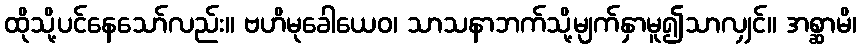
ထိုသို့ပင်နေသော်လည်း။ ဗဟိမုခေါယေဝ၊ သာသနာဘက်သို့မျက်နှာမူ၍သာလျှင်။ အစ္ဆာမိ၊